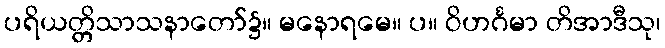
ပရိယတ္တိသာသနာတော်၌။ မနောရမေ။ ပ။ ဝိဟင်္ဂမာ တိအာဒီသု၊